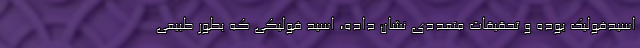
اسیدفولیک بوده و تحقیقات متعددی نشان داده، اسید فولیکی که بطور طبیعی